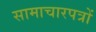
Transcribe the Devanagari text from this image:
सामाचारपत्रों